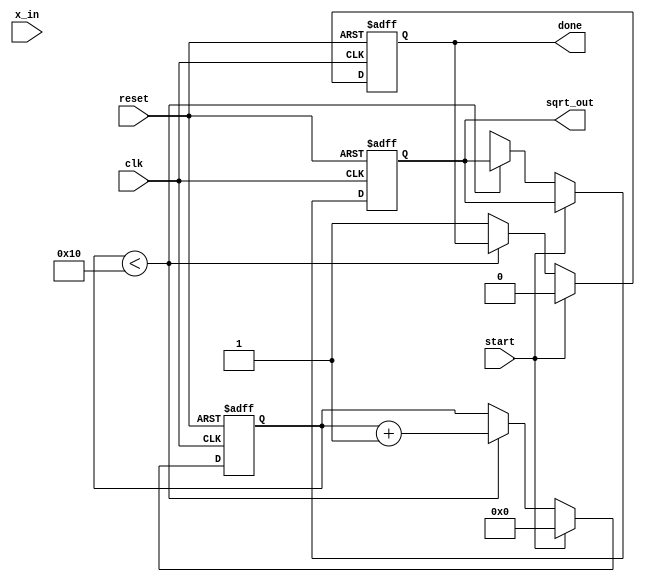
module cordic_sqrt (
    input wire clk,
    input wire reset,
    input wire start,
    input wire [15:0] x_in, // Input value for which square root is to be calculated
    output reg [15:0] sqrt_out, // Output square root result
    output reg done // Signal indicating computation is complete
);
    
    parameter NUM_ITERATIONS = 16;
    reg [15:0] x[0:NUM_ITERATIONS-1]; // X register
    reg [15:0] y[0:NUM_ITERATIONS-1]; // Y register
    reg [15:0] z[0:NUM_ITERATIONS-1]; // Z register
    reg [3:0] current_iteration; // Iteration counter
    reg [15:0] angle_table[0:NUM_ITERATIONS-1]; // Precomputed angles
    reg [15:0] gain; // CORDIC gain
    reg state; // FSM state

    // Initialize angle table
    initial begin
        angle_table[0] = 16'h26DD; // atan(1) in fixed-point
        angle_table[1] = 16'h1C71; // atan(0.5)
        angle_table[2] = 16'h1347; // atan(0.25)
        angle_table[3] = 16'h0D88; // atan(0.125)
        // Add more angles as needed...
        gain = 16'hB5E8; // Precomputed CORDIC gain
    end
    
    // FSM for iteration control
    always @(posedge clk or posedge reset) begin
        if (reset) begin
            current_iteration <= 0;
            done <= 0;
            sqrt_out <= 0;
        end else if (start) begin
            // Initialize registers
            x[0] <= x_in << 15; // Initial x = input value scaled
            y[0] <= 0; // Initial y = 0
            z[0] <= 0; // Initial z = 0
            current_iteration <= 0;
            done <= 0;
        end else if (current_iteration < NUM_ITERATIONS) begin
            // CORDIC iteration
            if (z[current_iteration] < 0) begin
                // Counterclockwise rotation
                x[current_iteration + 1] <= x[current_iteration] + (y[current_iteration] >> current_iteration);
                y[current_iteration + 1] <= y[current_iteration] - (x[current_iteration] >> current_iteration);
                z[current_iteration + 1] <= z[current_iteration] + angle_table[current_iteration];
            end else begin
                // Clockwise rotation
                x[current_iteration + 1] <= x[current_iteration] - (y[current_iteration] >> current_iteration);
                y[current_iteration + 1] <= y[current_iteration] + (x[current_iteration] >> current_iteration);
                z[current_iteration + 1] <= z[current_iteration] - angle_table[current_iteration];
            end
            
            current_iteration <= current_iteration + 1;
        end else begin
            // Final output calculation
            sqrt_out <= x[NUM_ITERATIONS] * gain; // Scale the result by the CORDIC gain
            done <= 1; // Indicate completion
        end
    end

endmodule